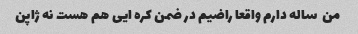
من  ساله دارم واقعا راضیم در ضمن کره ایی هم هست نه ژاپن